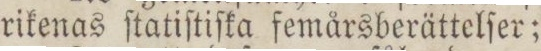
rikenas ſtatiſtiſka femårsberättelſe;